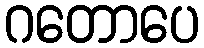
ဂတောပေ